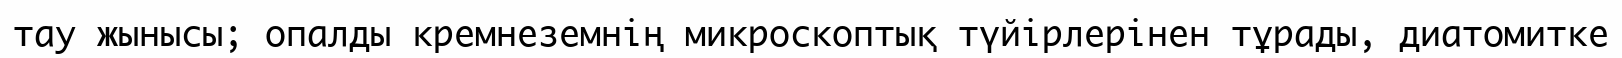
тау жынысы; опалды кремнеземнің микроскоптық түйірлерінен тұрады, диатомитке